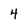
Character: 4